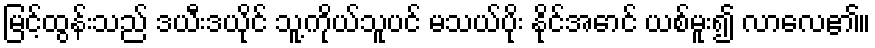
မြင့်ထွန်းသည် ဒယီးဒယိုင် သူ့ကိုယ်သူပင် မသယ်ပိုး နိုင်အောင် ယစ်မူး၍ လာလေ၏။